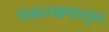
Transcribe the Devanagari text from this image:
प्रकल्पापासून